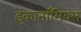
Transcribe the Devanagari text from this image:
इकानॉमिक्स